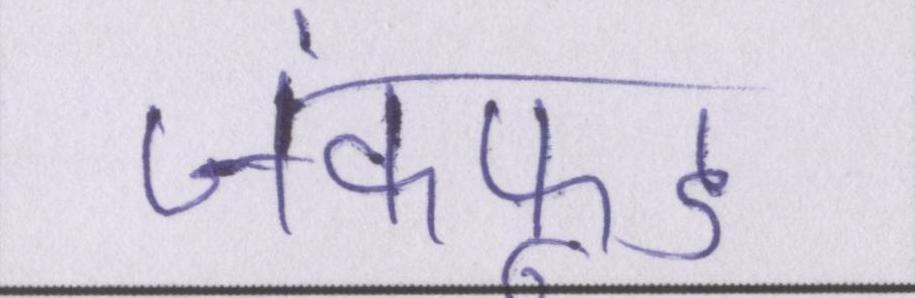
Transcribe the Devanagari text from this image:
जंकफूड